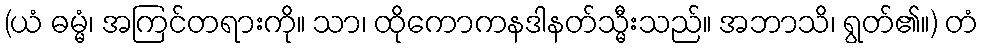
(ယံ ဓမ္မံ၊ အကြင်တရားကို။ သာ၊ ထိုကောကနဒါနတ်သ္မီးသည်။ အဘာသိ၊ ရွတ်၏။) တံ